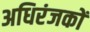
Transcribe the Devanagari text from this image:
अधिरंजकों